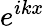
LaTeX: e^{ikx}